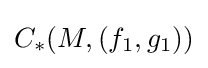
C_{*}(M,(f_{1},g_{1}))